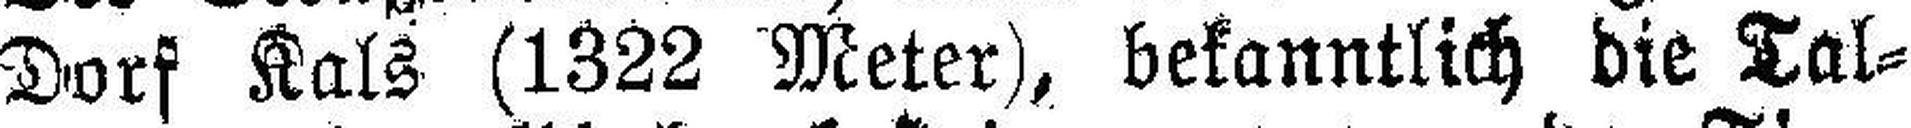
Dorf Kals (1322 Meter), bekanntlich die Tal¬